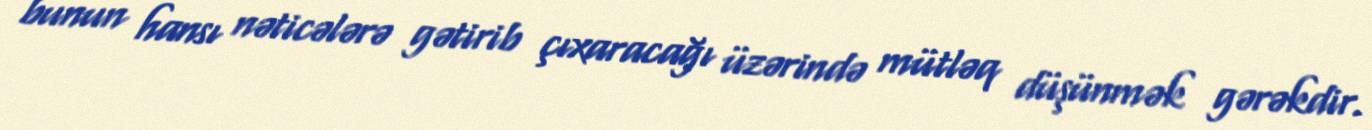
bunun hansı nəticələrə gətirib çıxaracağı üzərində mütləq düşünmək gərəkdir.